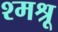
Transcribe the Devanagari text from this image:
श्मश्रू